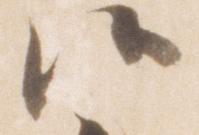
候